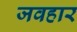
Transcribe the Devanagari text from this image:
जवहार